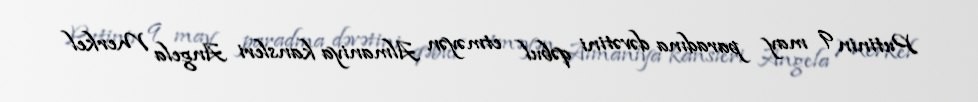
Putinin 9 may paradına dəvətini qəbul etməyən Almaniya kansleri Angela Merkel